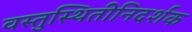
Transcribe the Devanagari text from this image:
वस्तुस्थितीनिदर्शक